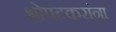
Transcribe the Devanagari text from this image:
भोपटकरांना